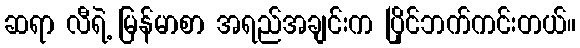
ဆရာ လီရဲ့ မြန်မာစာ အရည်အချင်းက ပြိုင်ဘက်ကင်းတယ်။